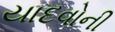
યાદવોની